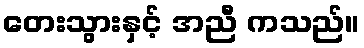
တေးသွားနှင့် အညီ ကသည်။